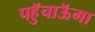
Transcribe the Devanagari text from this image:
पहुॅचाऊॅगा